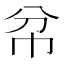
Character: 𢁥